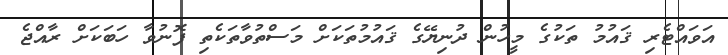
އަވައްޓެރި ޤައުމު ތަކުގެ މީހުން ދުނިޔޭގެ ޤައުމުތަކަށް މަސްތުވާތަކެތި ފޮނުވާ ހަބަކަށް ރާއްޖެ